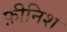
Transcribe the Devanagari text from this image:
फ़ीनिश